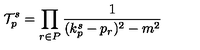
{ \cal T } _ { p } ^ { s } = \prod _ { r \in P } \frac { 1 } { ( k _ { p } ^ { s } - p _ { r } ) ^ { 2 } - m ^ { 2 } }